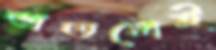
অতলেই